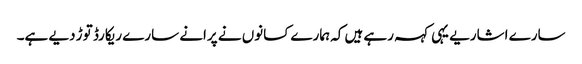
سارے اشاریے یہی کہہ رہے ہیں کہ ہمارے کسانوں نے پرانے سارے ریکارڈ توڑ دیے ہے۔